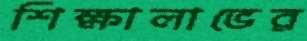
শিক্ষালাভের